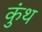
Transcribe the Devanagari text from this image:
कुंथ